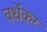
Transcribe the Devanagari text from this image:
वर्धेकर